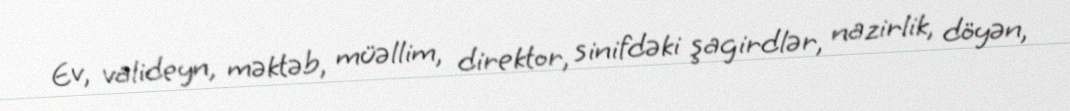
Ev, valideyn, məktəb, müəllim, direktor, sinifdəki şagirdlər, nazirlik, döyən,